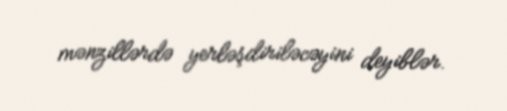
mənzillərdə yerləşdiriləcəyini deyiblər.